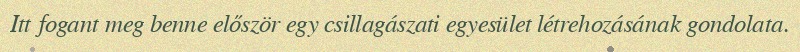
Itt fogant meg benne először egy csillagászati egyesület létrehozásának gondolata.